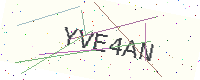
Text: YVE4AN